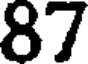
87